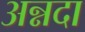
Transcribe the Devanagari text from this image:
अन्नदा